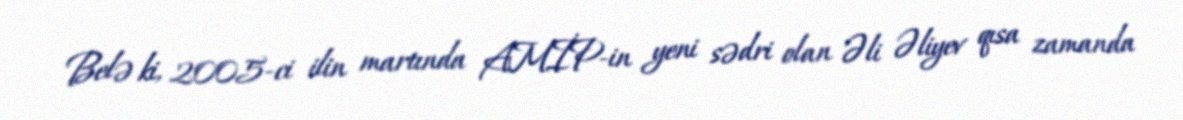
Belə ki, 2005-ci ilin martında AMİP-in yeni sədri olan Əli Əliyev qısa zamanda